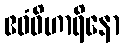
ဧဝံဝိဟာရိနော